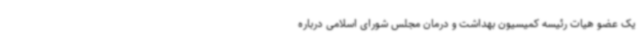
یک عضو هیات رئیسه کمیسیون بهداشت و درمان مجلس شورای اسلامی درباره